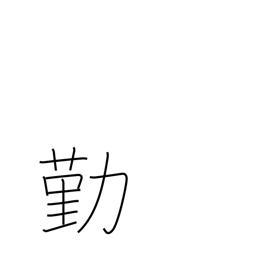
Meaning: become employed